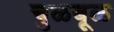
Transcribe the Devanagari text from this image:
चुळबूळ